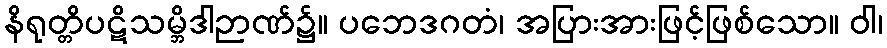
နိရုတ္တိပဋိသမ္ဘိဒါဉာဏ်၌။ ပဘေဒဂတံ၊ အပြားအားဖြင့်ဖြစ်သော။ ဝါ၊